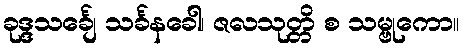
ခုဒ္ဒသင်္ချေ သင်္ခနခေါ၊ ဇလသုတ္တိ စ သမ္ဗုကော။